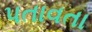
પતાવતા